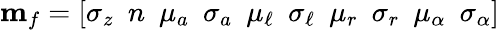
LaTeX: \mathbf{m}_{f}=[\sigma_{z}\ \ n\ \ \mu_{a}\ \ \sigma_{a}\ \ \mu_{\ell}\ \ \sigma_{\ell}\ \ \mu_{r}\ \ \sigma_{r}\ \ \mu_{\alpha}\ \ \sigma_{\alpha}]